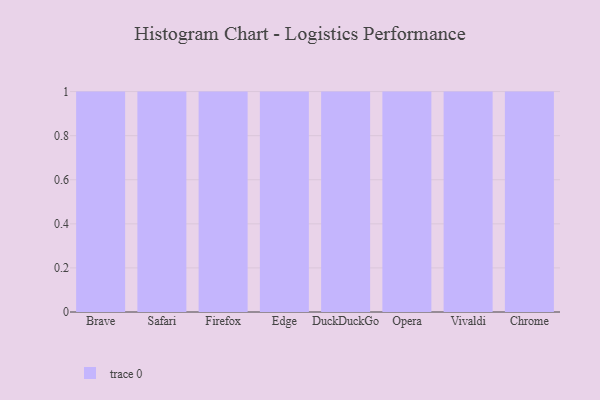
{"axis": {"x": "Browser", "y": "Backlog"}, "legend": [""], "data": [{"x": "Brave", "y": 95, "type": ""}, {"x": "Safari", "y": 67, "type": ""}, {"x": "Firefox", "y": 64, "type": ""}, {"x": "Edge", "y": 79, "type": ""}, {"x": "DuckDuckGo", "y": 89, "type": ""}, {"x": "Opera", "y": 72, "type": ""}, {"x": "Vivaldi", "y": 98, "type": ""}, {"x": "Chrome", "y": 82, "type": ""}]}